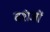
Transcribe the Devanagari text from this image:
वशंजों